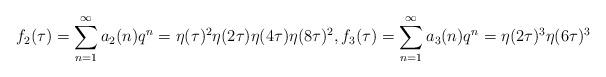
LaTeX: \begin{gather*}f_2(\tau)=\sum_{n=1}^\infty a_2(n)q^n=\eta(\tau)^2\eta(2\tau)\eta(4\tau)\eta(8\tau)^2,f_3(\tau)=\sum_{n=1}^\infty a_3(n)q^n=\eta(2\tau)^3\eta(6\tau)^3\end{gather*}